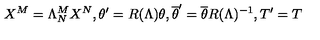
X ^ { M } = \Lambda _ { N } ^ { M } X ^ { N } , \theta ^ { \prime } = R ( \Lambda ) \theta , \overline { { \theta } } ^ { \prime } = \overline { { \theta } } R ( \Lambda ) ^ { - 1 } , T ^ { \prime } = T